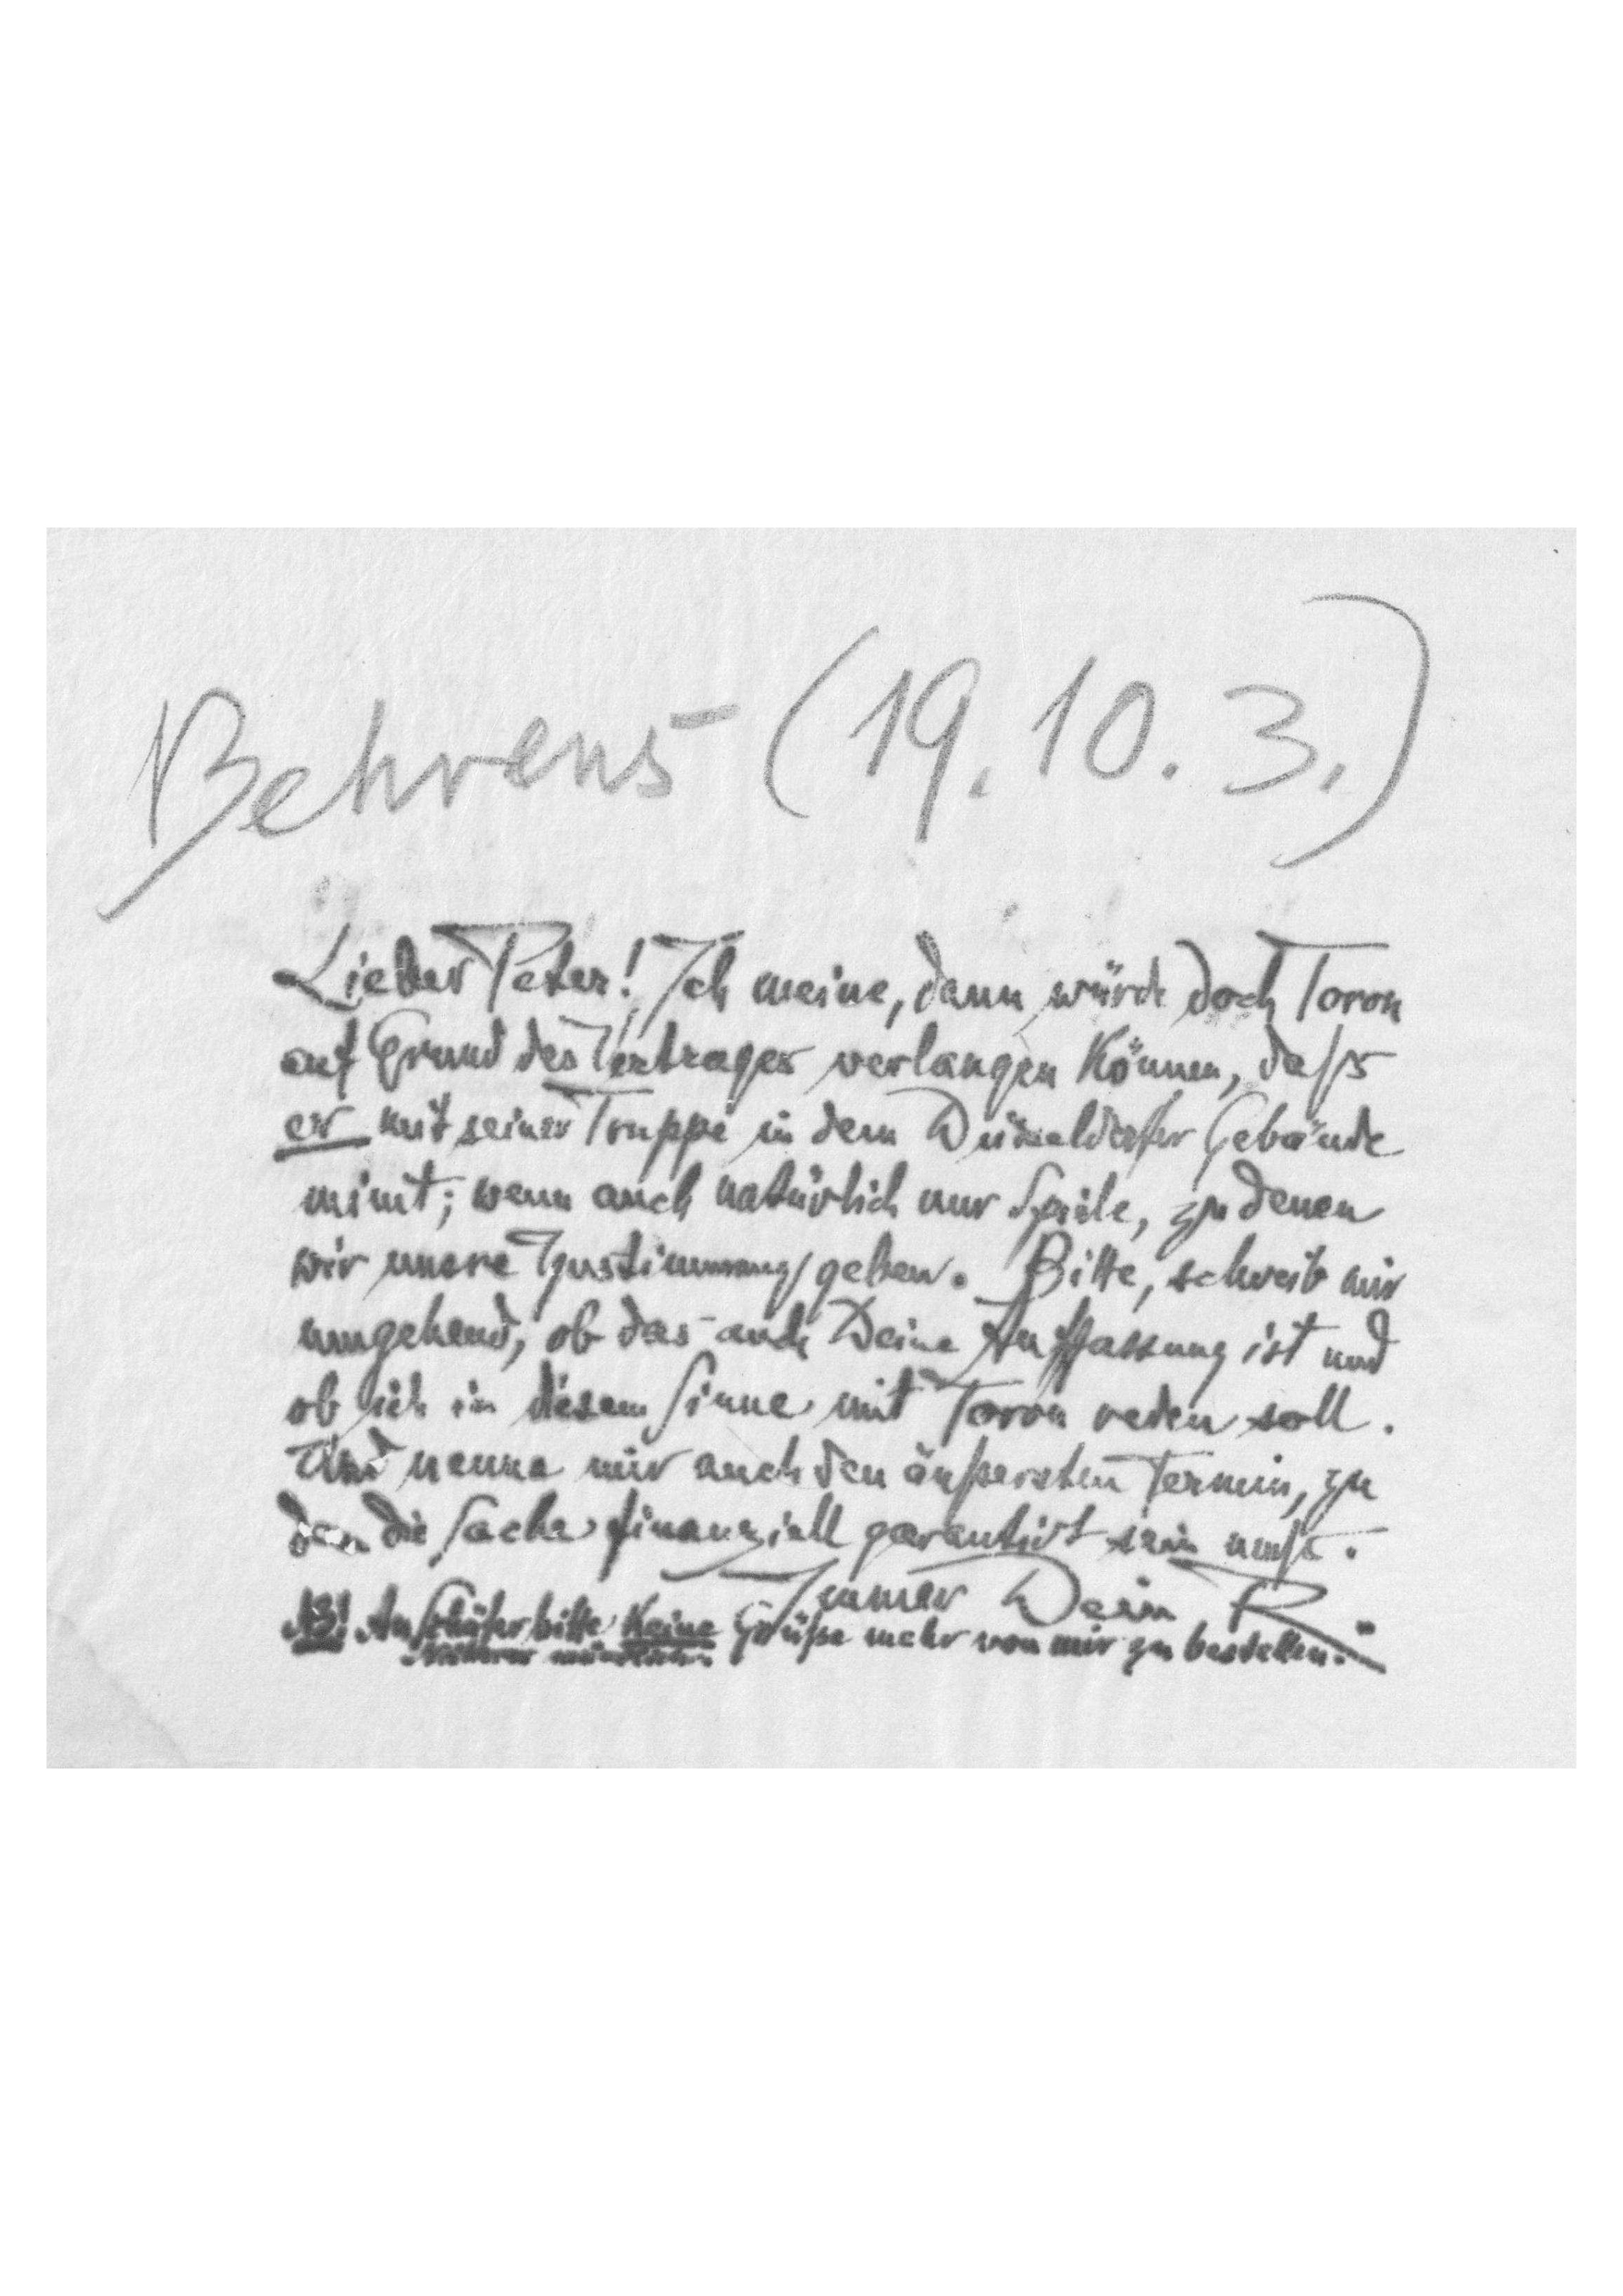
Behrens (19.10.3.)
Lieber Peter! Ich meine, dann würde doch Toron
auf Grund des Vertrages verlangen können, daß
er mit seiner Truppe in dem Düsseldorfer Gebäude
mimt, wenn auch natürlich nur Spiele, zu denen
wir unsre Zustimmung geben. Bitte, schreib mir
umgehend, ob das auch Deine Auffassung ist und
ob ich in diesem Sinne mit Toron reden soll.
Und nenne mir auch den äußersten Termin, zu
dem die Sache finanziell garantiert sein muß.
Immer Dein R.
AZ! An Schäfer bitte keine Grüße mehr von mir zu bestellen.
Näheres mündlich.